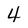
Character: 4